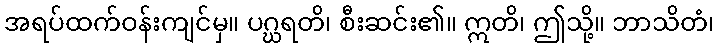
အရပ်ထက်ဝန်းကျင်မှ။ ပဂ္ဃရတိ၊ စီးဆင်း၏။ ဣတိ၊ ဤသို့။ ဘာသိတံ၊